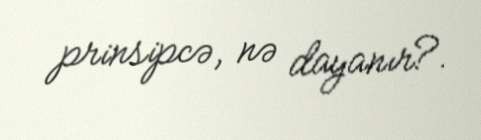
prinsipcə, nə dayanır?.